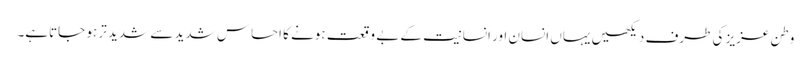
وطن عزیز کی طرف دیکھیں یہاں انسان اور انسانیت کے بے وقعت ہونے کا احساس شدید سے شدید تر ہو جاتاہے۔